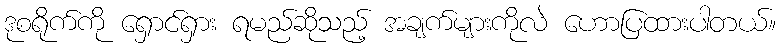
ဒုစရိုက်ကို ရှောင်ရှား ရမည်ဆိုသည့် အချက်များကိုလဲ ဟောပြထားပါတယ်။